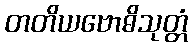
တတိယဗောဓိသုတ္တံ